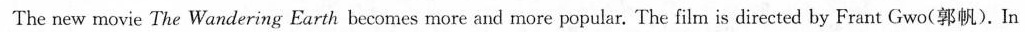
The new movie The Wandering Earth becomes more and more popular. The film is directed by Frant Gwo(郭帆). In